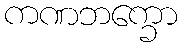
ကဏဘက္ခော